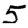
Digit: 5